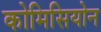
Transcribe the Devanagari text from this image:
कोमिसियोन